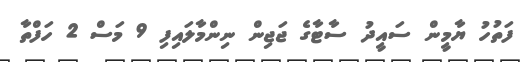
ފަތުހު ޔާމީން ސައީދު ސާޓާގެ ޖަޖިން ނިންމާލައިފި 9 މަސް 2 ހަފްތާ